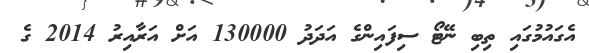
އެގައުމުގައި ތިބި ނޭޓޯ ސިފައިންގެ އަދަދު 130000 އަށް އަރާއިރު 2014 ގެ